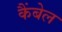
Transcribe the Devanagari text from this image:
कैंबेल